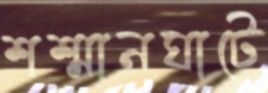
শশ্মানঘাটে